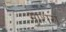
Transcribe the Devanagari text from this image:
माशरा